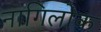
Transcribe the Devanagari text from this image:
नागिलोक